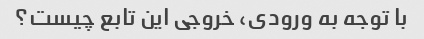
با توجه به ورودی، خروجی این تابع چیست؟